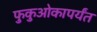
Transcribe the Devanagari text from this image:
फुकुओकापर्यंत